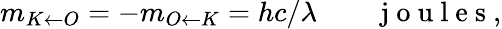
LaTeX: \begin{array}{r}{m_{K\leftarrow O}=-m_{O\leftarrow K}=hc/\lambda\qquad\mathrm{~j~o~u~l~e~s~},}\end{array}